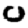
Digit: 0